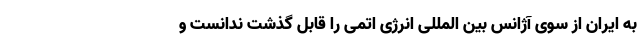
به ایران از سوی آژانس بین المللی انرژی اتمی را قابل گذشت ندانست و